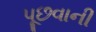
પૂછવાની